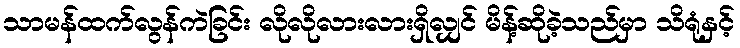
သာမန်ထက်လွန်ကဲခြင်း လိုလိုလားလားရှိလျှင် မိန့်ဆိုခဲ့သည်မှာ သိရုံနှင့်